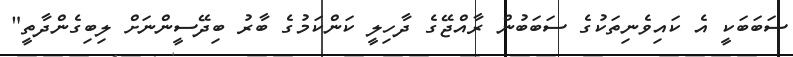
ސަބަބަކީ އެ ކައިވެނިތަކުގެ ސަބަބުން ރާއްޖޭގެ ދާހިލީ ކަންކަމުގެ ބާރު ބިދޭސީންނަށް ލިބިގެންދާތީ"